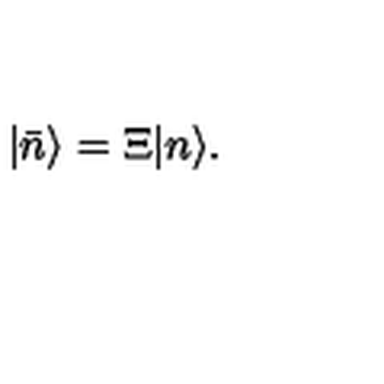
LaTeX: | { \bar { n } } \rangle = { \Xi } | n \rangle .